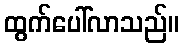
ထွက်ပေါ်လာသည်။